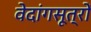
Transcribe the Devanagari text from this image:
वेदांगसूत्रों